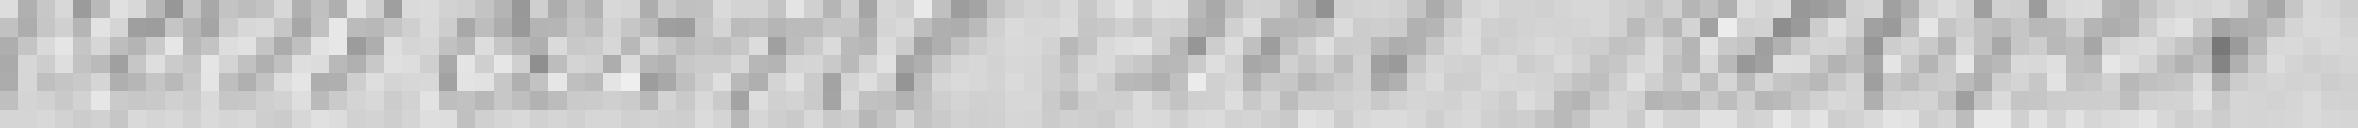
concerne les pavés.